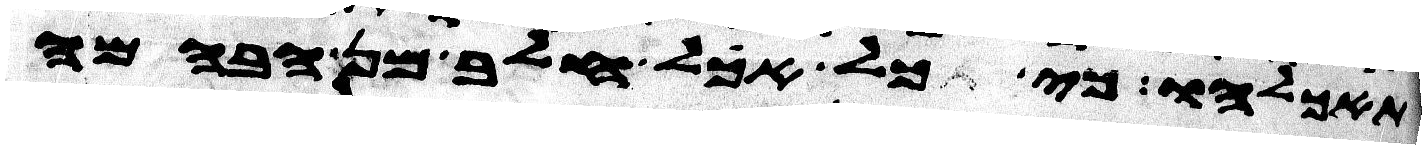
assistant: תאכלהו כי כל אכל חלב מן הבהמה